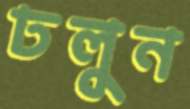
ঢলুন